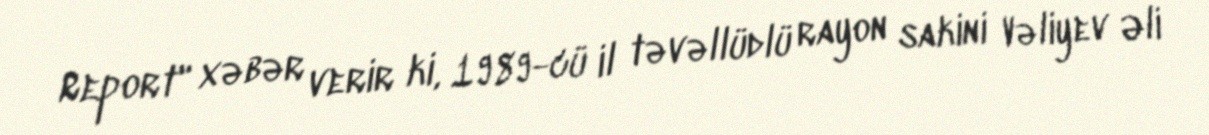
Report" xəbər verir ki, 1989-cü il təvəllüdlü rayon sakini Vəliyev Əli